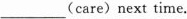
___(care) next time.